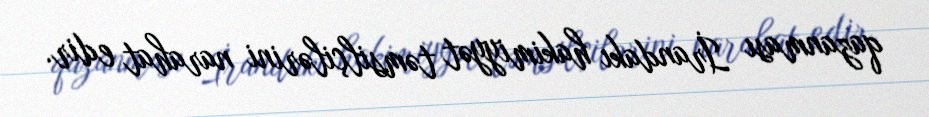
qazanması İrandakı hakimiyyət təmsilçilərini narahat edir.